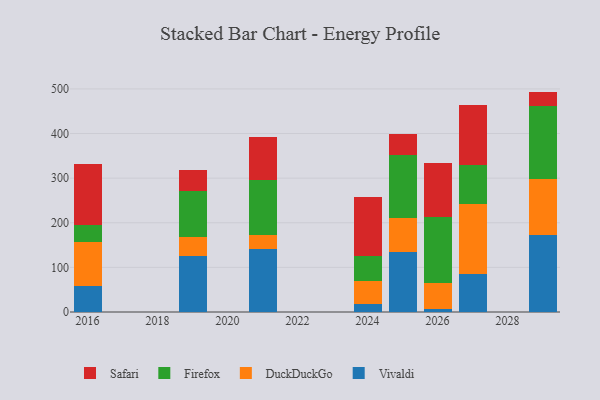
{"axis": {"x": "Year", "y": "Population (Million)"}, "legend": ["DuckDuckGo", "Firefox", "Safari", "Vivaldi"], "data": [{"x": "2019", "y": 124.7, "type": "Vivaldi"}, {"x": "2019", "y": 43.9, "type": "DuckDuckGo"}, {"x": "2019", "y": 102.1, "type": "Firefox"}, {"x": "2019", "y": 47.3, "type": "Safari"}, {"x": "2025", "y": 134.8, "type": "Vivaldi"}, {"x": "2025", "y": 75.2, "type": "DuckDuckGo"}, {"x": "2025", "y": 141.0, "type": "Firefox"}, {"x": "2025", "y": 48.6, "type": "Safari"}, {"x": "2016", "y": 59.0, "type": "Vivaldi"}, {"x": "2016", "y": 98.6, "type": "DuckDuckGo"}, {"x": "2016", "y": 37.4, "type": "Firefox"}, {"x": "2016", "y": 137.4, "type": "Safari"}, {"x": "2027", "y": 84.1, "type": "Vivaldi"}, {"x": "2027", "y": 157.8, "type": "DuckDuckGo"}, {"x": "2027", "y": 86.5, "type": "Firefox"}, {"x": "2027", "y": 135.4, "type": "Safari"}, {"x": "2029", "y": 172.1, "type": "Vivaldi"}, {"x": "2029", "y": 127.0, "type": "DuckDuckGo"}, {"x": "2029", "y": 161.6, "type": "Firefox"}, {"x": "2029", "y": 33.3, "type": "Safari"}, {"x": "2026", "y": 7.6, "type": "Vivaldi"}, {"x": "2026", "y": 58.0, "type": "DuckDuckGo"}, {"x": "2026", "y": 146.8, "type": "Firefox"}, {"x": "2026", "y": 122.5, "type": "Safari"}, {"x": "2024", "y": 18.0, "type": "Vivaldi"}, {"x": "2024", "y": 51.7, "type": "DuckDuckGo"}, {"x": "2024", "y": 55.9, "type": "Firefox"}, {"x": "2024", "y": 131.9, "type": "Safari"}, {"x": "2021", "y": 142.0, "type": "Vivaldi"}, {"x": "2021", "y": 31.2, "type": "DuckDuckGo"}, {"x": "2021", "y": 122.1, "type": "Firefox"}, {"x": "2021", "y": 97.2, "type": "Safari"}]}